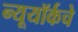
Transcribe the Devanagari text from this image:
न्यूयॉर्कचे